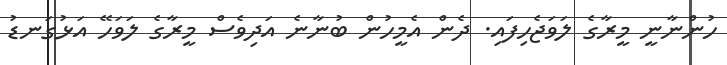
ހުންނާނީ މީރާގެ ލަވަޖެހިފައި. ދެން އެމީހުން ބުނާނެ އަދިވެސް މީރާގެ ލަވަހޭ އަޅުގަނޑު